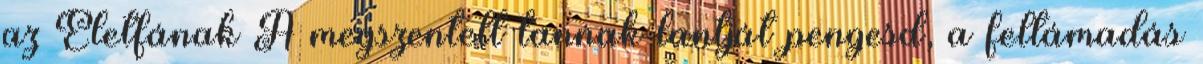
az Életfának A megszentelt tannak lantját pengesd, a feltámadás